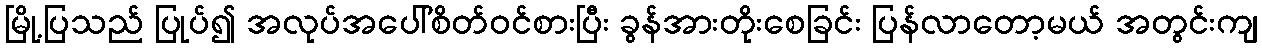
မြို့ပြသည် ပြုပ်၍ အလုပ်အပေါ်စိတ်ဝင်စားပြီး ခွန်အားတိုးစေခြင်း ပြန်လာတော့မယ် အတွင်းကျ